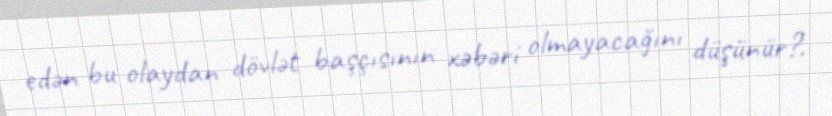
edən bu olaydan dövlət başçısının xəbəri olmayacağını düşünür?.